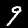
Digit: 9